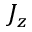
J _ { z }